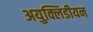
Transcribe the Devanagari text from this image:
अयुक्लिडीयन